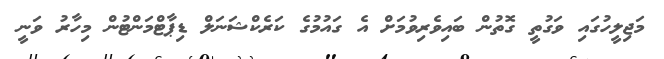
މަޖިލީހުގައި ވަގުތީ ގޮތުން ބައިވެރިވުމަށް އެ ގައުމުގެ ކަރެކްޝަނަލް ޑިޕާޓްމަންޓުން މިހާރު ވަނީ